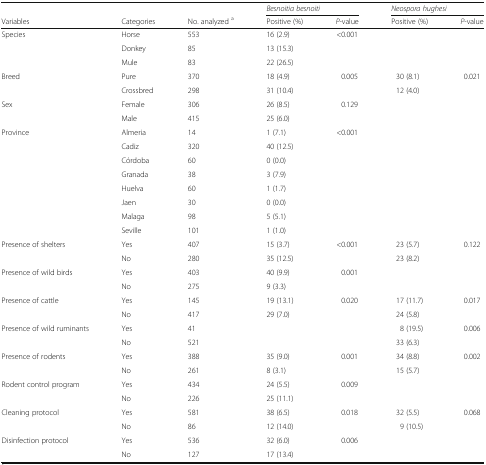
<table><thead><tr><td></td><td></td><td></td><td colspan="2"><b><i>Besnoitia besnoiti</i></b></td><td colspan="2"><b><i>Neospora hughesi</i></b></td></tr><tr><td><b>Variables</b></td><td><b>Categories</b></td><td><b>No. analyzed <sup>a</sup></b></td><td><b>Positive (%)</b></td><td><b><i>P</i>-value</b></td><td><b>Positive (%)</b></td><td><b><i>P</i>-value</b></td></tr></thead><tbody><tr><td rowspan="3">Species</td><td>Horse</td><td>553</td><td>16 (2.9)</td><td>&lt;0.001</td><td></td><td></td></tr><tr><td>Donkey</td><td>85</td><td>13 (15.3)</td><td></td><td></td><td></td></tr><tr><td>Mule</td><td>83</td><td>22 (26.5)</td><td></td><td></td><td></td></tr><tr><td rowspan="2">Breed</td><td>Pure</td><td>370</td><td>18 (4.9)</td><td>0.005</td><td>30 (8.1)</td><td>0.021</td></tr><tr><td>Crossbred</td><td>298</td><td>31 (10.4)</td><td></td><td>12 (4.0)</td><td></td></tr><tr><td rowspan="2">Sex</td><td>Female</td><td>306</td><td>26 (8.5)</td><td>0.129</td><td></td><td></td></tr><tr><td>Male</td><td>415</td><td>25 (6.0)</td><td></td><td></td><td></td></tr><tr><td rowspan="8">Province</td><td>Almeria</td><td>14</td><td>1 (7.1)</td><td>&lt;0.001</td><td></td><td></td></tr><tr><td>Cadiz</td><td>320</td><td>40 (12.5)</td><td></td><td></td><td></td></tr><tr><td>Córdoba</td><td>60</td><td>0 (0.0)</td><td></td><td></td><td></td></tr><tr><td>Granada</td><td>38</td><td>3 (7.9)</td><td></td><td></td><td></td></tr><tr><td>Huelva</td><td>60</td><td>1 (1.7)</td><td></td><td></td><td></td></tr><tr><td>Jaen</td><td>30</td><td>0 (0.0)</td><td></td><td></td><td></td></tr><tr><td>Malaga</td><td>98</td><td>5 (5.1)</td><td></td><td></td><td></td></tr><tr><td>Seville</td><td>101</td><td>1 (1.0)</td><td></td><td></td><td></td></tr><tr><td rowspan="2">Presence of shelters</td><td>Yes</td><td>407</td><td>15 (3.7)</td><td>&lt;0.001</td><td>23 (5.7)</td><td>0.122</td></tr><tr><td>No</td><td>280</td><td>35 (12.5)</td><td></td><td>23 (8.2)</td><td></td></tr><tr><td rowspan="2">Presence of wild birds</td><td>Yes</td><td>403</td><td>40 (9.9)</td><td>0.001</td><td></td><td></td></tr><tr><td>No</td><td>275</td><td>9 (3.3)</td><td></td><td></td><td></td></tr><tr><td rowspan="2">Presence of cattle</td><td>Yes</td><td>145</td><td>19 (13.1)</td><td>0.020</td><td>17 (11.7)</td><td>0.017</td></tr><tr><td>No</td><td>417</td><td>29 (7.0)</td><td></td><td>24 (5.8)</td><td></td></tr><tr><td rowspan="2">Presence of wild ruminants</td><td>Yes</td><td>41</td><td></td><td></td><td>8 (19.5)</td><td>0.006</td></tr><tr><td>No</td><td>521</td><td></td><td></td><td>33 (6.3)</td><td></td></tr><tr><td rowspan="2">Presence of rodents</td><td>Yes</td><td>388</td><td>35 (9.0)</td><td>0.001</td><td>34 (8.8)</td><td>0.002</td></tr><tr><td>No</td><td>261</td><td>8 (3.1)</td><td></td><td>15 (5.7)</td><td></td></tr><tr><td rowspan="2">Rodent control program</td><td>Yes</td><td>434</td><td>24 (5.5)</td><td>0.009</td><td></td><td></td></tr><tr><td>No</td><td>226</td><td>25 (11.1)</td><td></td><td></td><td></td></tr><tr><td rowspan="2">Cleaning protocol</td><td>Yes</td><td>581</td><td>38 (6.5)</td><td>0.018</td><td>32 (5.5)</td><td>0.068</td></tr><tr><td>No</td><td>86</td><td>12 (14.0)</td><td></td><td>9 (10.5)</td><td></td></tr><tr><td rowspan="2">Disinfection protocol</td><td>Yes</td><td>536</td><td>32 (6.0)</td><td>0.006</td><td></td><td></td></tr><tr><td>No</td><td>127</td><td>17 (13.4)</td><td></td><td></td><td></td></tr></tbody></table>